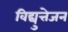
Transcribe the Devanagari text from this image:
विद्युत्तेजन